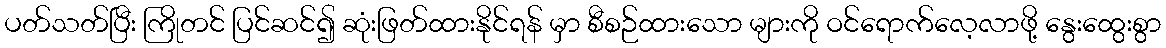
ပတ်သတ်ပြီး ကြိုတင် ပြင်ဆင်၍ ဆုံးဖြတ်ထားနိုင်ရန် မှာ စီစဉ်ထားသော များကို ဝင်ရောက်လေ့လာဖို့ နွေးထွေးစွာ